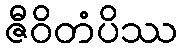
ဇီဝိတံပိဿ